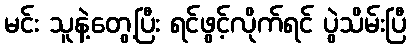
မင်း သူနဲ့တွေ့ပြီး ရင်ဖွင့်လိုက်ရင် ပွဲသိမ်းပြီ